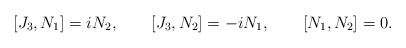
\begin{align*}[J_{3}, N_{1}] =i N_{2} ,\qquad [J_{3}, N_{2}] = -i N_{1} , \qquad[N_{1}, N_{2}] = 0 .\end{align*}